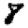
Digit: 8